Indian journal of veterinary science and animal husbandry - Volumes 24-25, 1954-1955
Year: 1954
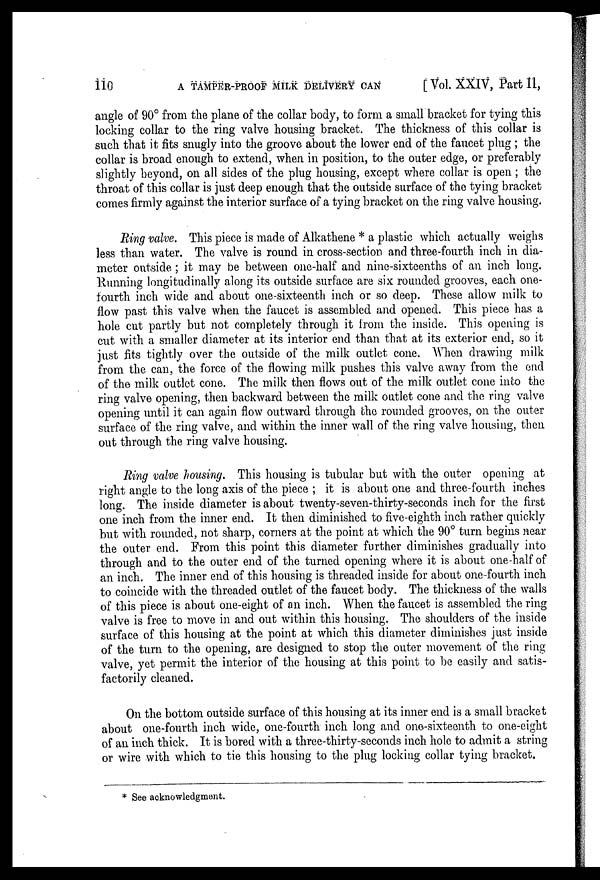
110
A TAMPER-PROOF MILK DELIVERY CAN
[Vol. XXIV, Part II,
angle of 90° from the plane of the collar body, to form a small bracket for tying this
locking collar to the ring valve housing bracket. The thickness of this collar is
such that it fits snugly into the groove about the lower end of the faucet plug; the
collar is broad enough to extend, when in position, to the outer edge, or preferably
slightly beyond, on all sides of the plug housing, except where collar is open; the
throat of this collar is just deep enough that the outside surface of the tying bracket
comes firmly against the interior surface of a tying bracket on the ring valve housing.
Ring valve. This piece is made of Alkathene * a plastic which actually weighs
less than water. The valve is round in cross-section and three-fourth inch in dia-
meter outside; it may be between one-half and nine-sixteenths of an inch long.
Running longitudinally along its outside surface are six rounded grooves, each one-
fourth inch wide and about one-sixteenth inch or so deep. These allow milk to
flow past this valve when the faucet is assembled and opened. This piece has a
hole cut partly but not completely through it from the inside. This opening is
cut with a smaller diameter at its interior end than that at its exterior end, so it
just fits tightly over the outside of the milk outlet cone. When drawing milk
from the can, the force of the flowing milk pushes this valve away from the end
of the milk outlet cone. The milk then flows out of the milk outlet cone into the
ring valve opening, then backward between the milk outlet cone and the ring valve
opening until it can again flow outward through the rounded grooves, on the outer
surface of the ring valve, and within the inner wall of the ring valve housing, then
out through the ring valve housing.
Ring valve housing. This housing is tubular but with the outer opening at
right angle to the long axis of the piece; it is about one and three-fourth inches
long. The inside diameter is about twenty-seven-thirty-seconds inch for the first
one inch from the inner end. It then diminished to five-eighth inch rather quickly
but with rounded, not sharp, corners at the point at which the 90° turn begins near
the outer end. From this point this diameter further diminishes gradually into
through and to the outer end of the turned opening where it is about one-half of
an inch. The inner end of this housing is threaded inside for about one-fourth inch
to coincide with the threaded outlet of the faucet body. The thickness of the walls
of this piece is about one-eight of an inch. When the faucet is assembled the ring
valve is free to move in and out within this housing. The shoulders of the inside
surface of this housing at the point at which this diameter diminishes just inside
of the turn to the opening, are designed to stop the outer movement of the ring
valve, yet permit the interior of the housing at this point to be easily and satis-
factorily cleaned.
On the bottom outside surface of this housing at its inner end is a small bracket
about one-fourth inch wide, one-fourth inch long and one-sixteenth to one-eight
of an inch thick. It is bored with a three-thirty-seconds inch hole to admit a string
or wire with which to tie this housing to the plug locking collar tying bracket.
* See acknowledgment.